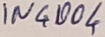
Text: IN4004